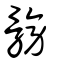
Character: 髈